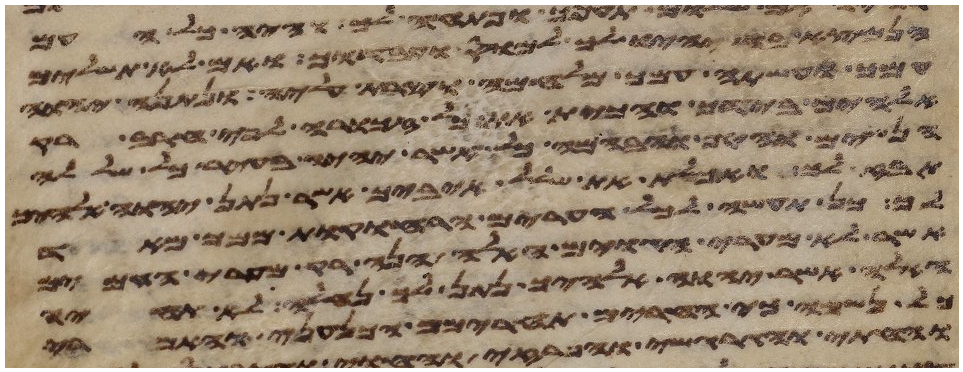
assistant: הנמצא בה יהיו לך למס ועבדוך ואם לא תשלים
עמך ועשתה עמך מלחמה וצרת עליה ונתנה יהוה
אלהיך בידך והכית את כל זכורה לפי חרב רק
הנשים והטף והבהמה וכל אשר יהיה בעיר כל שללה
תבז לך ואכלת את שלל איביך אשר נתן יהוה אלהיך
לך כן תעשה לכל הערים הרחוקות ממך מאד
אשר לא מערי הגוים האלה הנה רק מערי העמים
האלה אשר יהוה אלהיך נתן לך נחלה לא תחיה
כל נשמה כי החרים תחרימם הכנעני והאמרי